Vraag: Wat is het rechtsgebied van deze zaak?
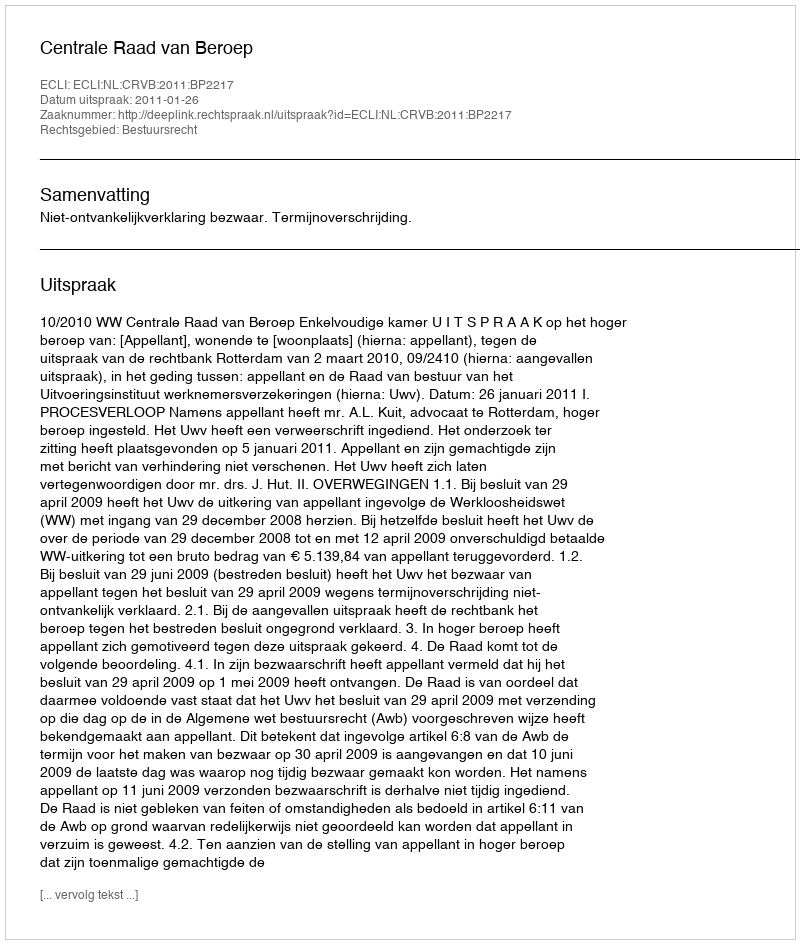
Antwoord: Bestuursrecht